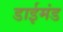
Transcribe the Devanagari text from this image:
डाईमंड